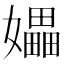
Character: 𪦮